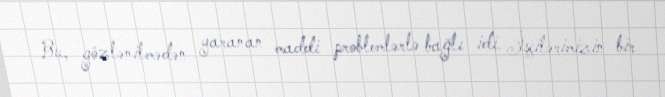
Bu, gözlənilmədən yaranan maddi problemlərlə bağlı idi. İşçilərimizin bir